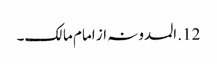
12. المدونہ از امام مالک۔